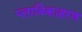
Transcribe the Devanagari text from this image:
प्लाविकाहरण